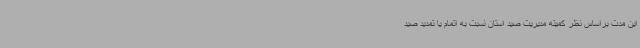
این مدت براساس نظر کمیته مدیریت صید استان نسبت به اتمام یا تمدید صید